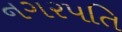
નગરપતિ